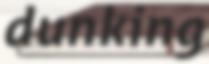
dunking